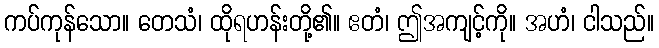
ကပ်ကုန်သော။ တေသံ၊ ထိုရဟန်းတို့၏။ ဧတံ၊ ဤအကျင့်ကို။ အဟံ၊ ငါသည်။